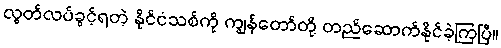
လွတ်လပ်ခွင့်ရတဲ့ နိုင်ငံသစ်ကို ကျွန်တော်တို့ တည်ဆောက်နိုင်ခဲ့ကြပြီ။